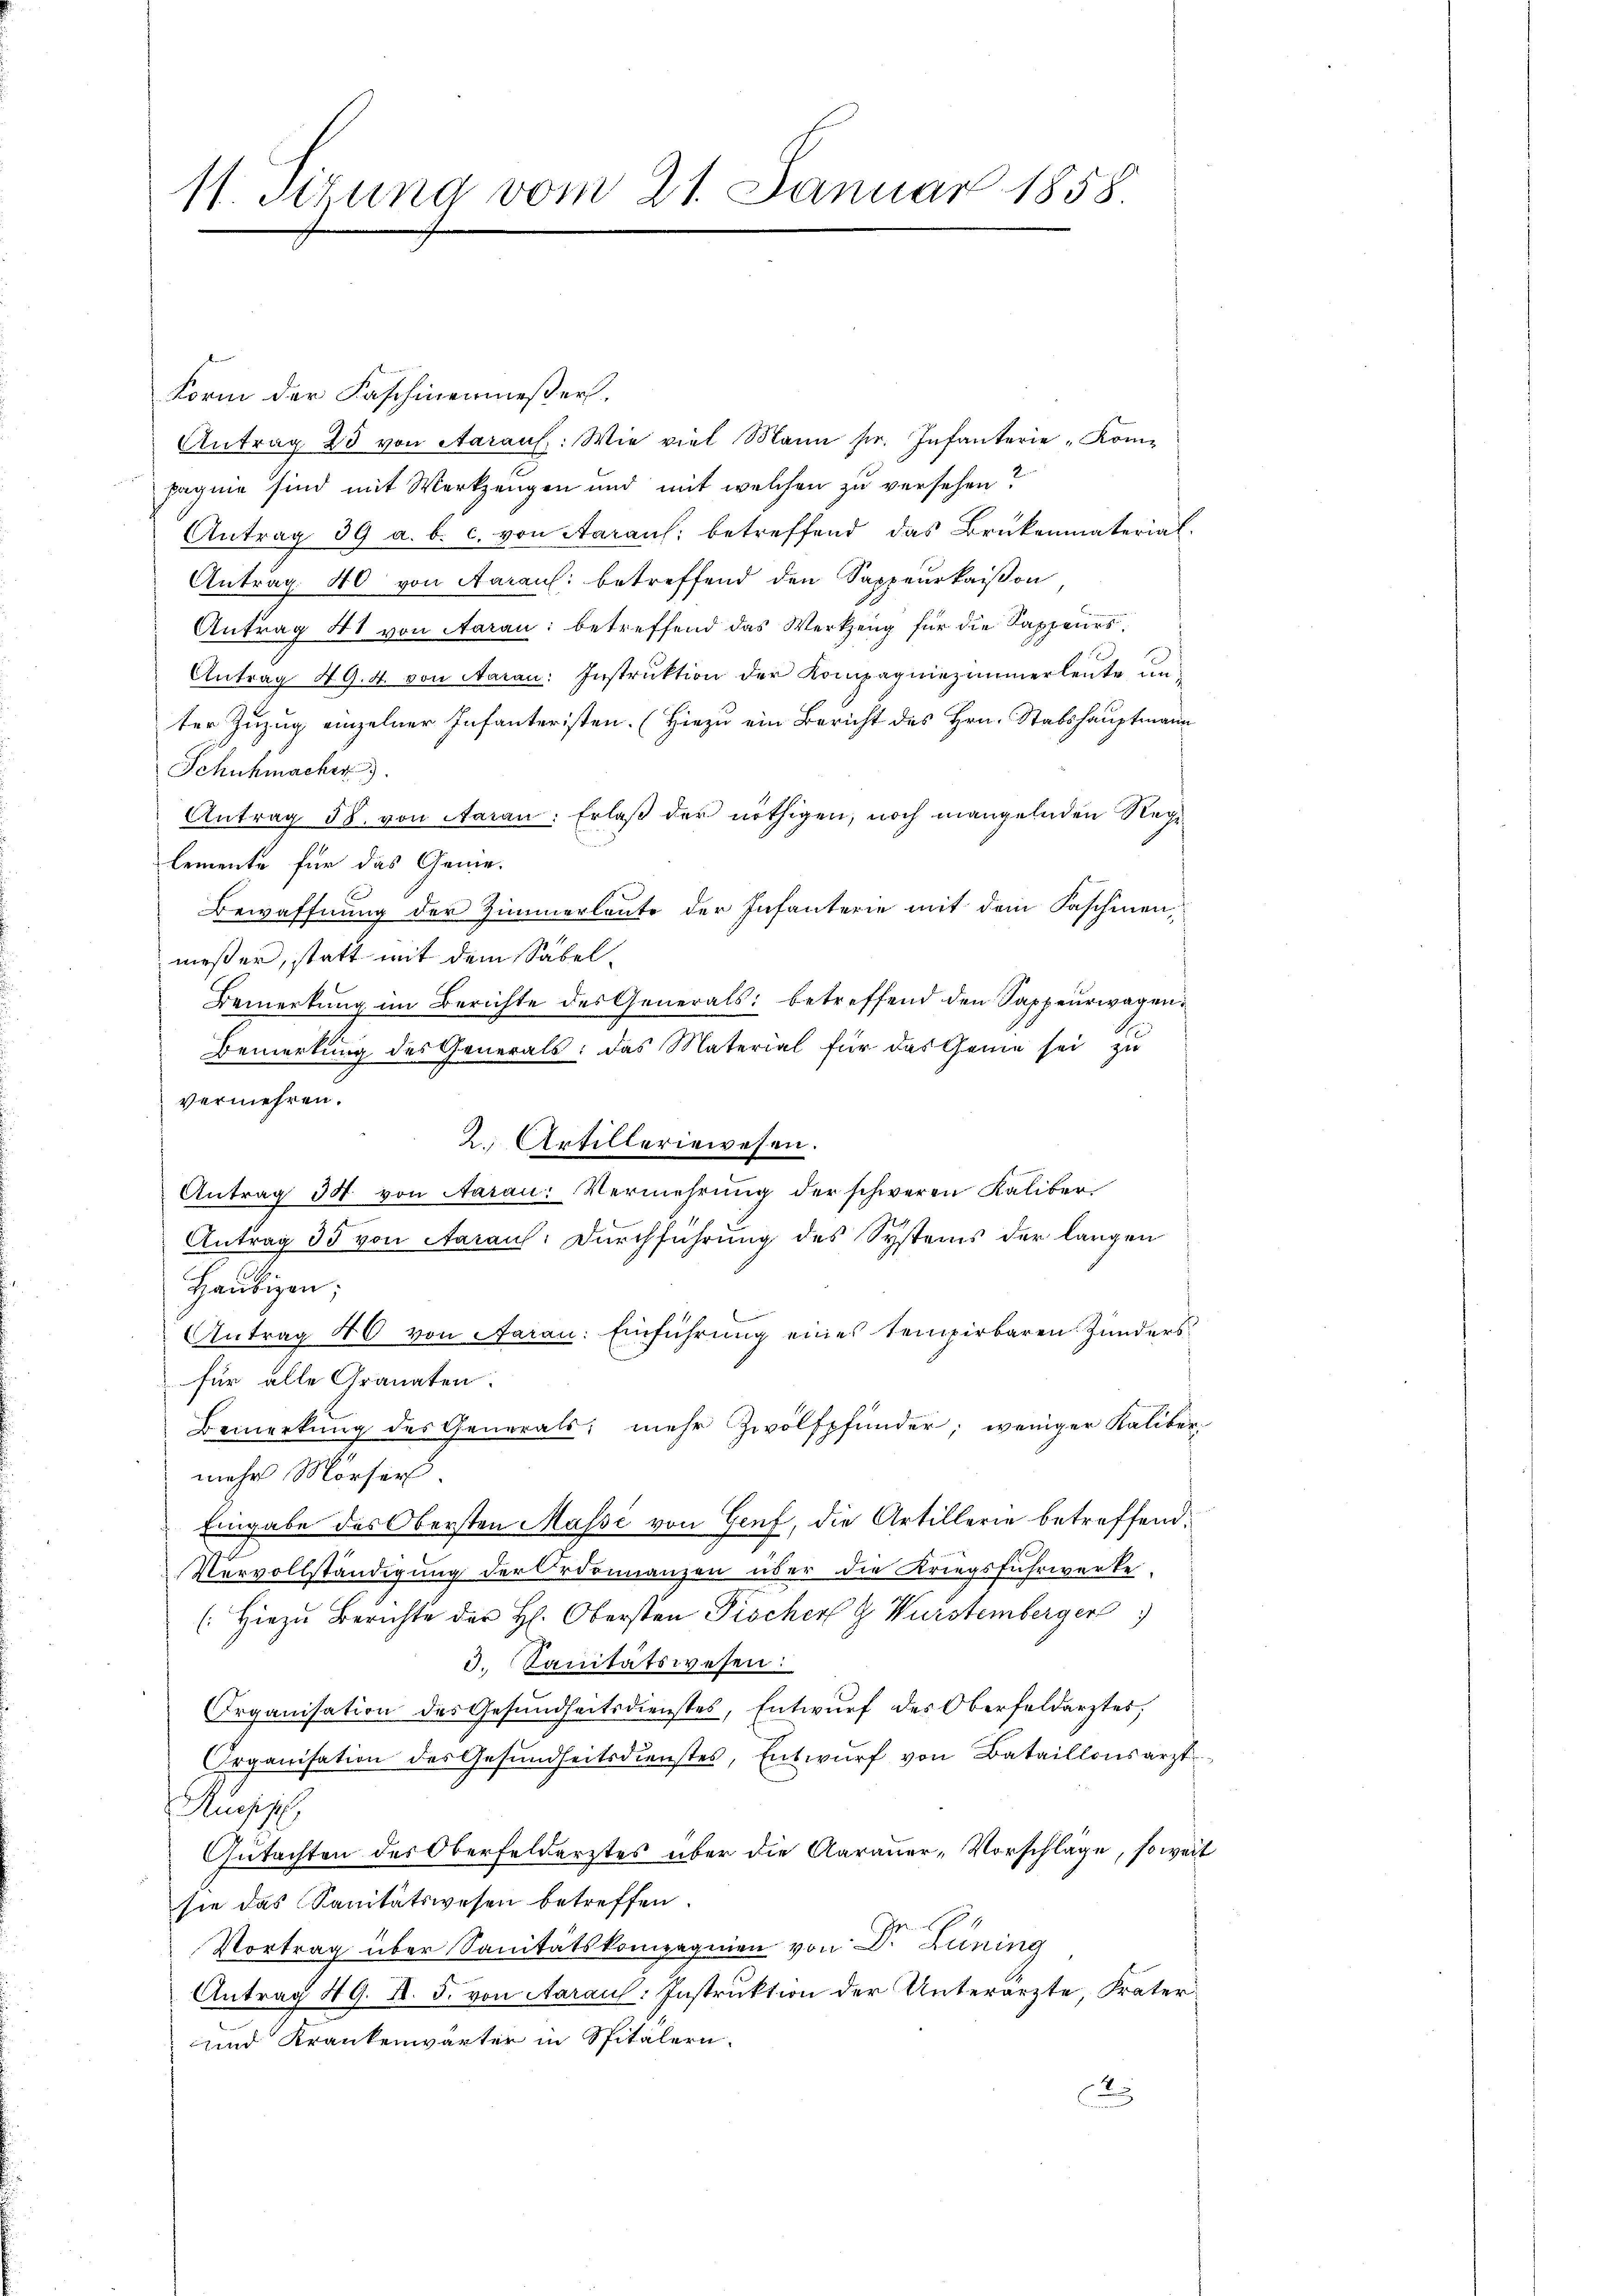
11. Sizung vom 21. Januar 1858.

Form der Faschinenmesser.
Antrag 23 von Aaraus: Wie viel Mann fr. Infanterie Kompagnie sind mit Werkzeugen und mit welchen zu versehen?
Antrag 39 a. b. c. von Aarauf; betreffend das Brükenmaterial-
Antrag. 40 von Aarauf: betreffend den Sappeurkaison
Antrag 41 von Aarau: betreffend das Werkzeug für die Kappeurs,
Antrag 49. 4. von Aaran: Instrŭktion der Kompagniezimmerleute unter Zuzug einzelner Infanteristen. (Hiezu ein Bericht des Hrn. Stabshauptmann
Schuhmacher
Antrag 58. von Aaran: Erlaß der nöthigen, noch mangelnden Regi
lemente für das Gemei
Bewaffnung der Zimmerleute der Infanterie mit dem Faschinen,
nießer, statt mit dem Säbel¬
Bemerkung im Berichte des Generals betreffend den Sappeurwagen¬
Bemerkung des Generals: das Material für das Genie sei zu
vermehren.
Antrag 30 von Aarau: Vermehrung der schweren Kaliber
Antrag 35 von Aaraus: Durchführung des Systems der langen
Haubigen;
Antrag 40 von Aaran: Einführung eines tempirbaren Zunders
für alle Granaten.
Bemerkung des Generals, mehr Zwölfpfunder; weniger Kaliber-
mehr Mörser
Eingabe des Obersten Masse von Genf, die Artillerie betreffend.
Vervollständigung der Ordonnanzen über die Kriegsfuhrwerke.
(Hiezu Berichte der H. Obersten Fischer G. Wurstemberger
3. Sanitätswesen:
Irganisation des Gesundheitsdienstes, Entwŭrf des Oberfeldarztes,
Organisation des Gesundheitsdienstes, Entwurf von Bataillonsarzt
ug
Gutachten des Oberfeldarztes über die Aarauer-Vorschläge, so weisie das Sanitätswesen betreffen.
Vortrag über Sanitätskompagnien von Dr. Lüning
Antrag 49. R. 5. von Aaraus: Instruktion der Unterärzte, Frater
und Krankenwärter in Spitalern.
2

2. Artilleriewesen.